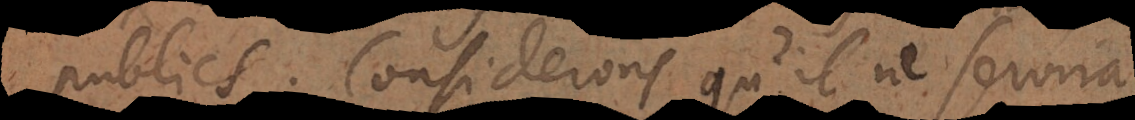
publics. Considerons qu’il ne servira